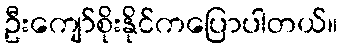
ဦးကျော်စိုးနိုင်ကပြောပါတယ်။